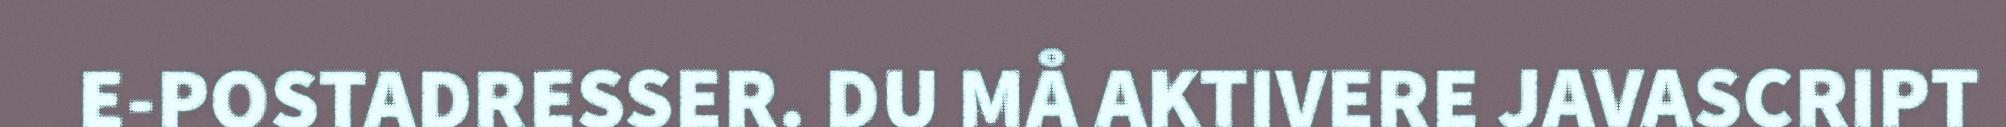
E-POSTADRESSER. DU MÅ AKTIVERE JAVASCRIPT